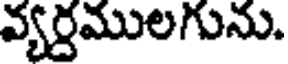
వ్యర్దములగును.